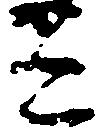
ミ